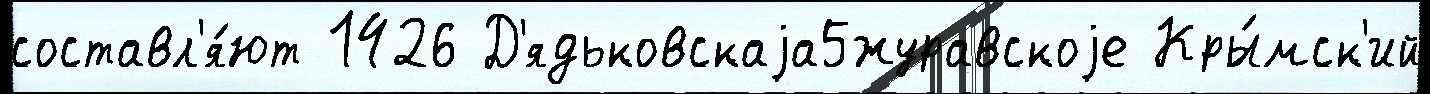
составл'я́ют 1426 Д'ядьковскаjа5журавскоjе Кры́мск'ий